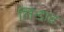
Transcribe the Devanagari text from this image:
लिन्डाव